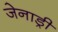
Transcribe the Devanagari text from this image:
जेनाड्री